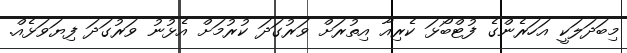
މިބަދަލަކީ އަހަރެންގެ ފުޓްބޯޅަ ކެރިއާ އިތުރަށް ވަރުގަދަ ކުރުމަށް އެޅުނު ވަރުގަދަ ފިޔަވަޅެއް.